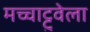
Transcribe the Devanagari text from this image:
मच्चाट्टुवेला